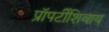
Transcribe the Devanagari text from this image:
प्रॉपर्टीशिवाय